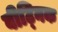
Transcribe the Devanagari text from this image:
बीट्निक